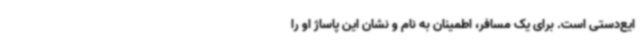
ایع‌دستی است. برای یک مسافر، اطمینان به نام و نشان این پاساژ او را